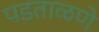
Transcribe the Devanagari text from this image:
पडताळणे